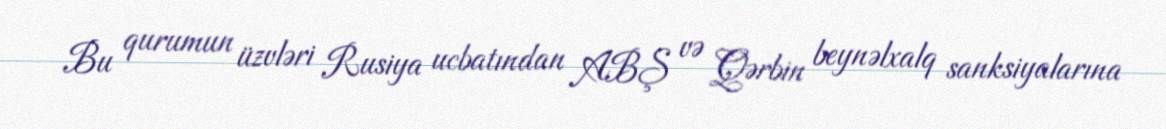
Bu qurumun üzvləri Rusiya ucbatından ABŞ və Qərbin beynəlxalq sanksiyalarına